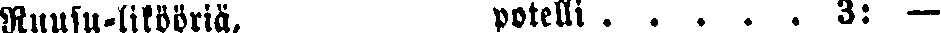
Ruusu-likooriä, potelli. . . . . 3: —